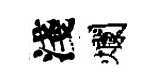
淺爛